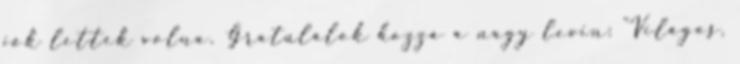
jók lettek volna. Gratulálok hozzá a nagy levin: "Világos,